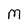
Character: M